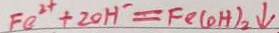
F e ^ { 2 + } + 2 0 H ^ { - } = F e ( O H ) _ { 2 } \downarrow